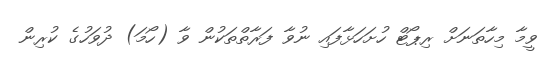
ވީމާ މިހާތަނަށް ރިޕޯޓް ހުށަހަޅާފައި ނުވާ ފަރާތްތަކުން ވާ (ހޯމަ) ދުވަހުގެ ކުރިން